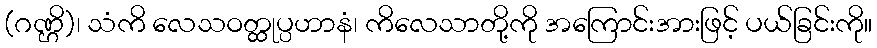
(ဂဏ္ဌိ)၊ သံကိ လေသဝတ္ထုပ္ပဟာနံ၊ ကိလေသာတို့ကို အကြောင်းအားဖြင့် ပယ်ခြင်းကို။